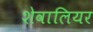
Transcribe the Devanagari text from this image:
शेवालियर